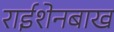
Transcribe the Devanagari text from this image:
राईशेनबाख